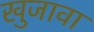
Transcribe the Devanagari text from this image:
खुजावा